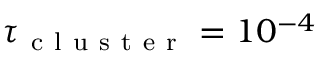
\tau _ { \mathrm { ~ c ~ l ~ u ~ s ~ t ~ e ~ r ~ } } = 1 0 ^ { - 4 }